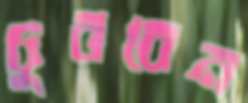
চুববেন